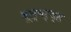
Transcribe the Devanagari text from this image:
वूल्वर्थ्स